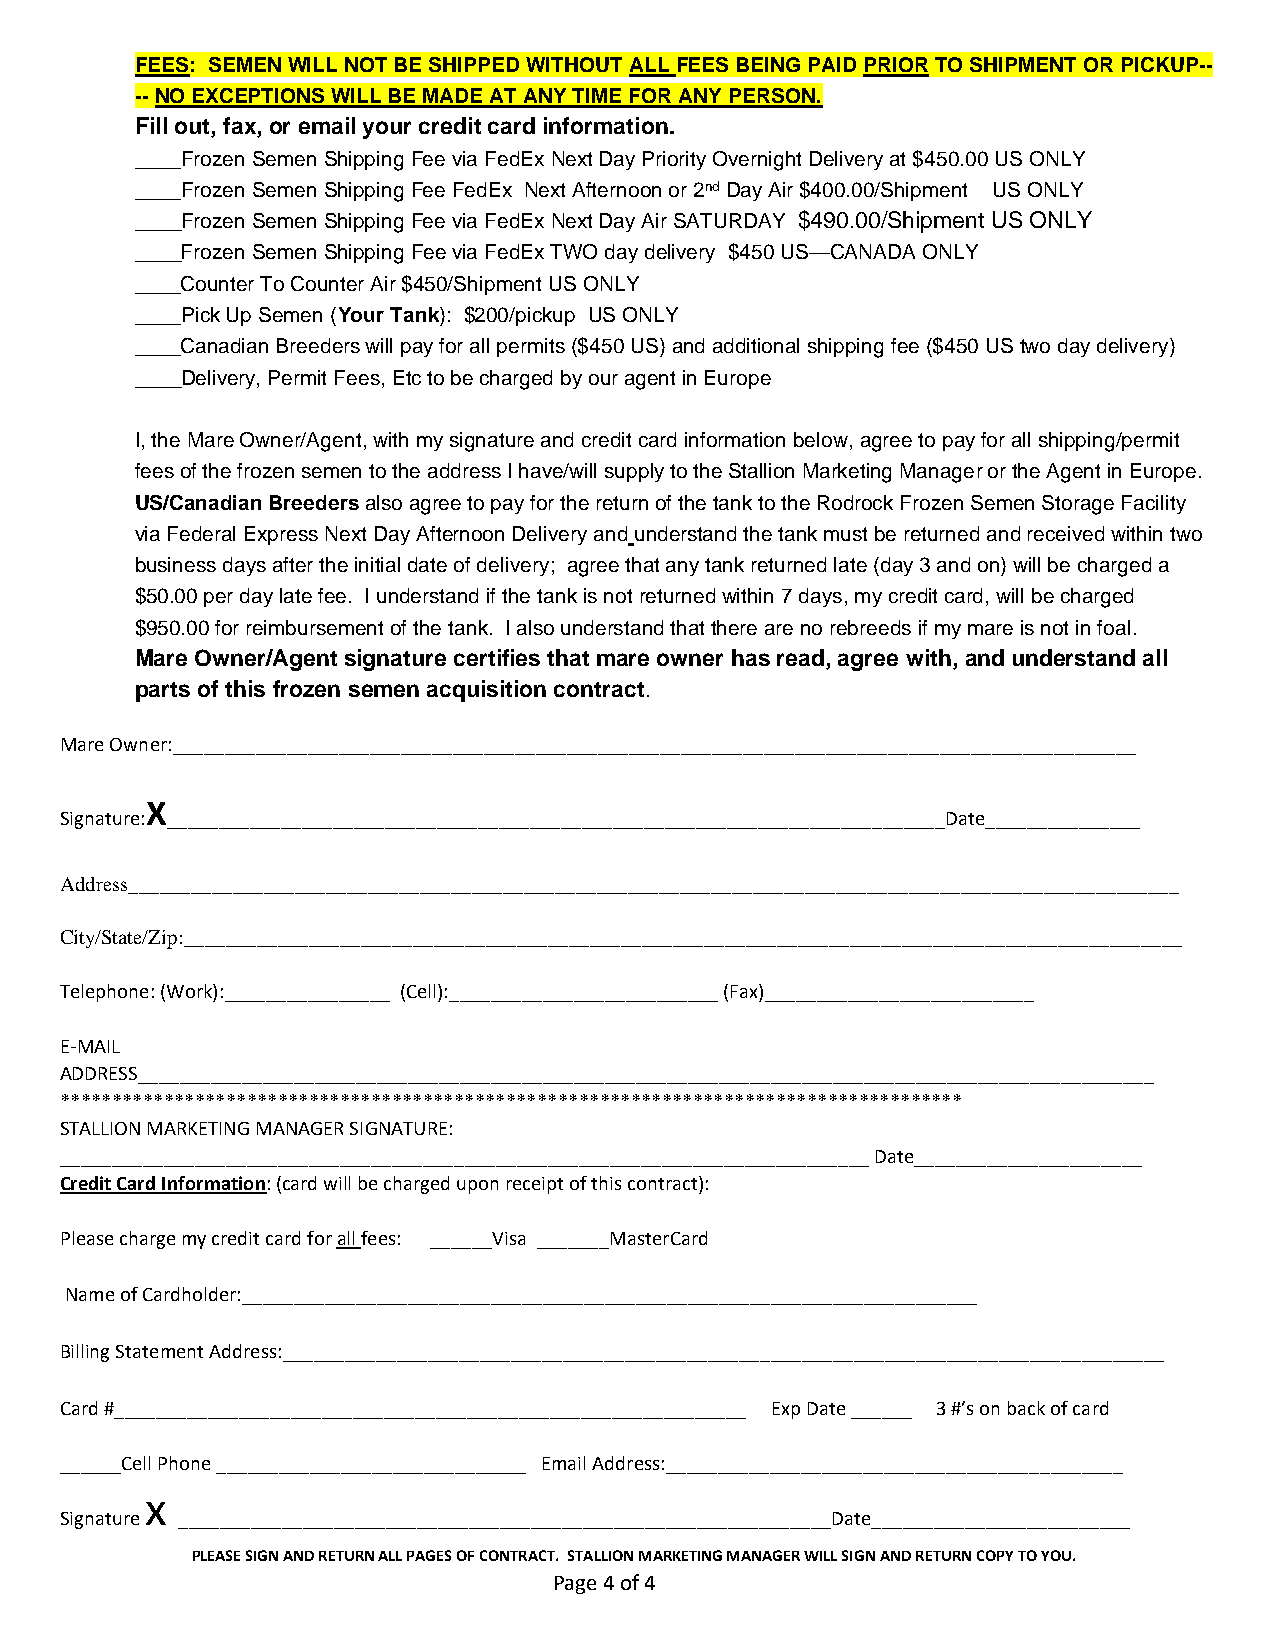
FEES: SEMEN WILL NOT BE SHIPPED WITHOUT ALL FEES BEING PAID PRIOR TO SHIPMENT OR PICKUP--
 -- NO EXCEPTIONS WILL BE MADE AT ANY TIME FOR ANY PERSON.
 Fill out, fax, or email your credit card information.
 ____Frozen Semen Shipping Fee via FedEx Next Day Priority Overnight Delivery at $450.00 US ONLY
 ____Frozen Semen Shipping Fee FedEx Next Afternoon or 2nd Day Air $400.00/Shipment US ONLY
 ____Frozen Semen Shipping Fee via FedEx Next Day Air SATURDAY $490.00/Shipment US ONLY
 ____Frozen Semen Shipping Fee via FedEx TWO day delivery $450 US—CANADA ONLY
 ____Counter To Counter Air $450/Shipment US ONLY
 ____Pick Up Semen (Your Tank): $200/pickup US ONLY
 ____Canadian Breeders will pay for all permits ($450 US) and additional shipping fee ($450 US two day delivery)
 ____Delivery, Permit Fees, Etc to be charged by our agent in Europe
 I, the Mare Owner/Agent, with my signature and credit card information below, agree to pay for all shipping/permit
 fees of the frozen semen to the address I have/will supply to the Stallion Marketing Manager or the Agent in Europe.
 US/Canadian Breeders also agree to pay for the return of the tank to the Rodrock Frozen Semen Storage Facility
 via Federal Express Next Day Afternoon Delivery and understand the tank must be returned and received within two
 business days after the initial date of delivery; agree that any tank returned late (day 3 and on) will be charged a
 $50.00 per day late fee. I understand if the tank is not returned within 7 days, my credit card, will be charged
 $950.00 for reimbursement of the tank. I also understand that there are no rebreeds if my mare is not in foal.
 Mare Owner/Agent signature certifies that mare owner has read, agree with, and understand all
 parts of this frozen semen acquisition contract.
 Mare Owner:_____________________________________________________________________________________________
 X
 Signature: ___________________________________________________________________________Date_______________
 Address_____________________________________________________________________________________________________
 City/State/Zip:________________________________________________________________________________________________
 Telephone: (Work):________________ (Cell):__________________________ (Fax)__________________________
 E-MAIL
 ADDRESS__________________________________________________________________________________________________
 ***************************************************************************************
 STALLION MARKETING MANAGER SIGNATURE:
 ______________________________________________________________________________ Date______________________
 Credit Card Information: (card will be charged upon receipt of this contract):
 Please charge my credit card for all fees: ______Visa _______MasterCard
 Name of Cardholder:_______________________________________________________________________
 Billing Statement Address:_____________________________________________________________________________________
 Card #_____________________________________________________________ Exp Date ______ 3 #’s on back of card
 ______Cell Phone ______________________________ Email Address:____________________________________________
 x
 Signature _______________________________________________________________Date_________________________
 PLEASE SIGN AND RETURN ALL PAGES OF CONTRACT. STALLION MARKETING MANAGER WILL SIGN AND RETURN COPY TO YOU.
 Page 4 of 4